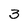
Character: 3